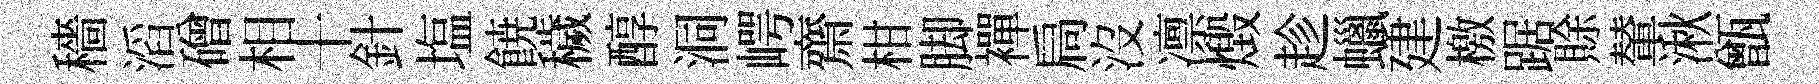
穡滔磳相十針塩𩜙穢醇洞崿齋柑脚襌扃沒凛燬趁蠟建檄踞賖輦湫甑